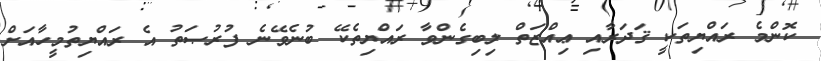
ކޮންމެ ރައްޔިތަކީ ޤަދަރާއި ޢިއްޒަތް ލިބިގެންވާ ރައްޔިތެކޭ ބުނެވޭނެ ފުރުޞަތު އެ ރައްޔިތުމީހާއަށް